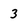
Character: 3